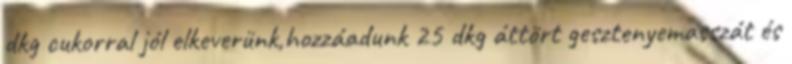
dkg cukorral jól elkeverünk,hozzáadunk 25 dkg áttört gesztenyemasszát és